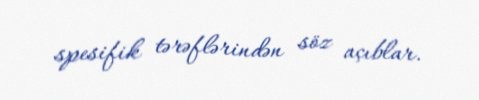
spesifik tərəflərindən söz açıblar.